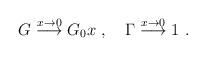
LaTeX: \begin{align*}G \stackrel{x \rightarrow 0}{\longrightarrow} G_0 x \ , \ \ \ \Gamma \stackrel{x \rightarrow 0}{\longrightarrow} 1 \ .\end{align*}